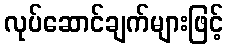
လုပ်ဆောင်ချက်များဖြင့်